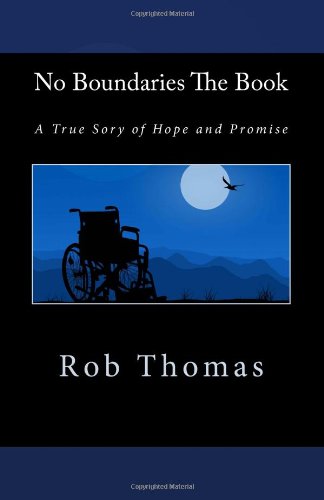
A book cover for No Boundaries The Book: A True Sory of Hope and Promise; Rob Thomas; Biographies & Memoirs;